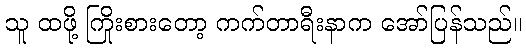
သူ ထဖို့ ကြိုးစားတော့ ကက်တာရီးနာက အော်ပြန်သည်။